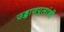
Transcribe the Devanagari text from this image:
उड्डाणपुलांची